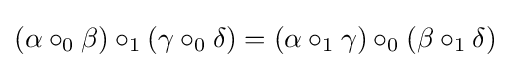
(\alpha \circ _{0}\beta )\circ _{1}(\gamma \circ _{0}\delta )=(\alpha \circ _{1}\gamma )\circ _{0}(\beta \circ _{1}\delta )